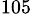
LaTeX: ^{105}